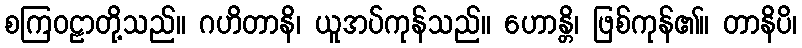
စကြဝဠာတို့သည်။ ဂဟိတာနိ၊ ယူအပ်ကုန်သည်။ ဟောန္တိ၊ ဖြစ်ကုန်၏။ တာနိပိ၊